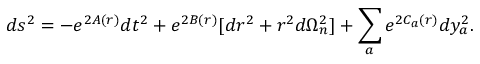
d s ^ { 2 } = - e ^ { 2 A ( r ) } d t ^ { 2 } + e ^ { 2 B ( r ) } [ d r ^ { 2 } + r ^ { 2 } d \Omega _ { n } ^ { 2 } ] + \sum _ { a } e ^ { 2 C _ { a } ( r ) } d y _ { a } ^ { 2 } .